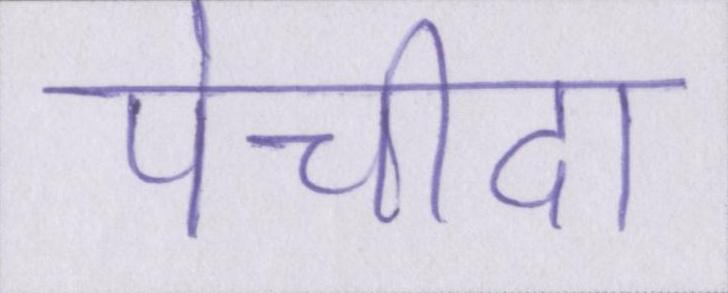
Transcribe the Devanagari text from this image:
पेचीदा